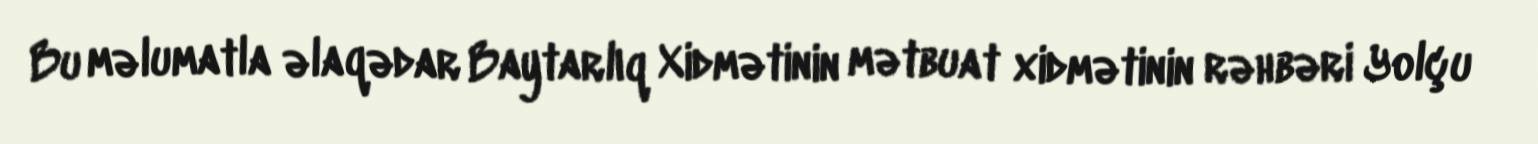
Bu məlumatla əlaqədar Baytarlıq Xidmətinin mətbuat xidmətinin rəhbəri Yolçu